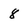
Character: 8